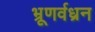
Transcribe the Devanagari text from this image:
भ्रूणर्वध्रन